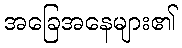
အခြေအနေများ၏